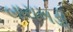
બારાખડી